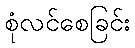
စုံလင်စေခြင်း